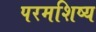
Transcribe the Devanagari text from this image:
परमशिष्य